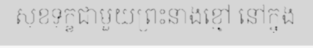
សុខទុក្ខជាមួយព្រះនាងខ្មៅ នៅក្នុង